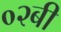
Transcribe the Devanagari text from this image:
०२बी